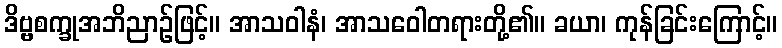
ဒိဗ္ဗစက္ခုအဘိညာဉ်ဖြင့်။ အာသဝါနံ၊ အာသဝေါတရားတို့၏။ ခယာ၊ ကုန်ခြင်းကြောင့်။